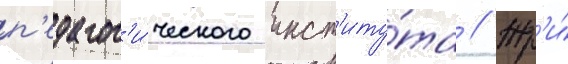
п'едагог'и́ческого инст'иту́та // Тр'и́